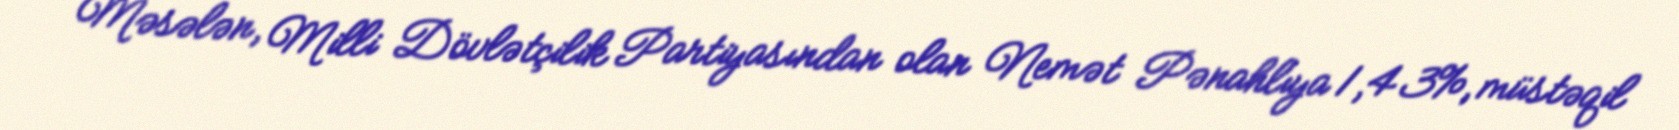
Məsələn, Milli Dövlətçilik Partiyasından olan Nemət Pənahlıya 1,43%, müstəqil